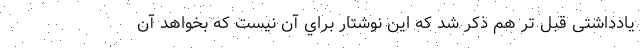
یادداشتی قبل تر هم ذکر شد که اين نوشتار براي آن نيست که بخواهد آن